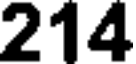
214